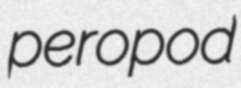
peropod